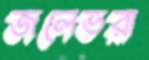
জলেভরা